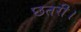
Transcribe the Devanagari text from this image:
छतरी।